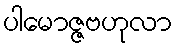
ပါမောဇ္ဇဗဟုလာ